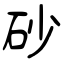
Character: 砂